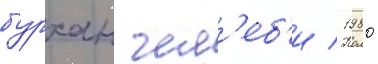
бурхан чел'еб'и / 1980